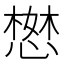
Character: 𢠖